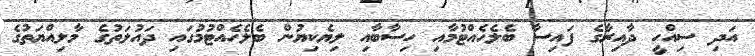
އަދި ސިއްހީ ދާއިރާގެ ފައިސާ ބެލެހެއްޓުމާއި ހިސާބާއި ލިޔެކިޔުން ބެލެހެއްޓުމުގައި ދައުލަތުގެ މާލިއްޔަތުގެ